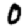
Digit: 0